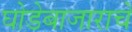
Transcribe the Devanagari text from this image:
घोडेबाजाराचे